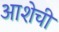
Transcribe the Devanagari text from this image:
आशेची